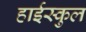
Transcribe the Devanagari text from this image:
हाईस्कुल